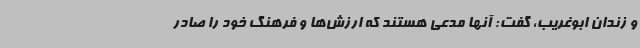
و زندان ابوغریب، گفت: آنها مدعی هستند که ارزش‌ها و فرهنگ خود را صادر